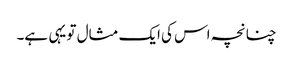
چنانچہ اس کی ایک مثال تو یہی ہے۔